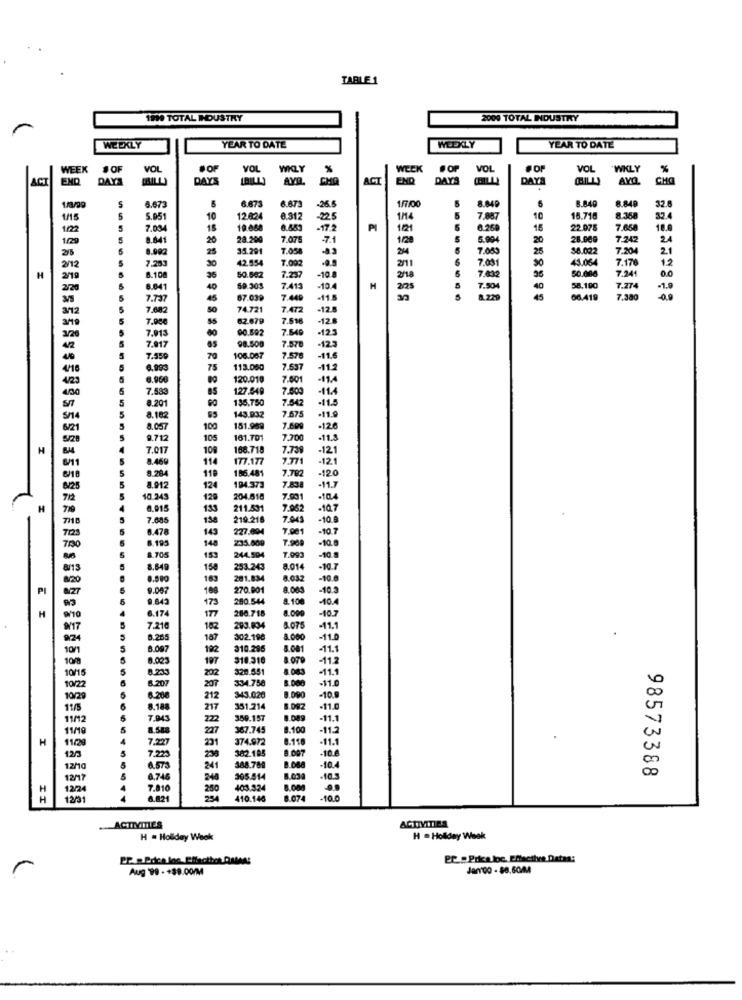
TABLE 1
1990 TOTAL INDUSTRY
2000 TOTAL INDUSTRY
WEEKLY
YEAR TO DATE
WEEKLY
YEAR TO DATE
WEEK
# OF
VOL
VOL
WKLY
WEEK
FOP VOL
VOL
VOL
WKLY
%
ACI
END
DAYS
DAYS
CHO
ACT
END
DAYS
DAYS
S
6.673
-26.5
1.7.00
8.84₽
8.849
8.849
32.
6.673
6.673
1/15
5
5.05
10
12.024
8.312
225
1/4
7.887
10
15.716
8.368
32.
1/22
5
7.034
18
19.088
-17.2
PI
1121
6.260
15
22.075
7.650
18.0
1/29
8.641
20
28.200
7.075
-7.1
1/28
5.904
20
28.00g
7.242
24
25
8.992
25
35.291
7.058
-83
7.063
25
$8.022
7.204
2.1
2/12
7.283
30
42.554
7.002
7.091
43.064
7.170
12
-10
7.632
7.241
H
2/19
6.108
36
50.682
7.237
2/18
0.0
2/20
8.041
40
59.303
7.413
M
225
7.504
40
58.190
7.274
-1.9
7.737
45
67.039
7.440
-11.5
15
66.419
7.380
00
7.682
50
74.721
7.472
-12.
7.000
55
62.679
7.516
-12.8
7.913
90.592
7.549
-125
98.500
7.570
7.917
7.550
106.007
7.576
-11.6
75
113.080
7.637
-11.2
120.010
7.001
-11.4
7.583
127.549
7.803
-11.4
8.201
135,750
7.542
-11.5
7.675
.11.9
8.162
143.932
8.057
100
151.969
7.600
-126
105
161.701
7.20
-11.3
H
7.017
109
168.718
7.739
-121
3.469
177.177
7.771
-12.1
8.264
119
186.481
7.792
-120
7.83
8/25
8.912
124
194.373
-11.7
10.245
129
204.518
7.901
-10.4
6.015
133
211.531
7.952
.10.7
7.685
219.216
7.943
-10 8
6.478
143
227.604
7.001
-10.7
6.195
148
235.809
7.900
-10.8
-10.8
8.705
153
244.504
7.993
8.840
150
253.243
8.01
-10.7
163
201.834
8.032
-10.0
PI
9.087
108
270.001
8.003
-10.3
0.643
173
280.544
8.100
-40.4
6.174
280.718
8.000
H
17
-10.7
7.210
182
293.834
8.075
-11.1
5.205
187
302.196
8.000
-11.
8.007
102
310.285
8.001
-11.1
8.023
197
310.310
8.079
-11.2
8.233
202
320.551
-11.1
6.207
334.758
-11.0
10/22
207
343.020
1090
10/20
6.200
212
-10.9
11/5
8.188
217
351.214
8.092
.11.0
11/2
7.943
222
359.157
8.089
-11.1
11/10
227
367.745
8.100
-11.2
H
7.227
231
374.972
8.118
-11.1
112
362.185
8 007
-10.8
12/3
7.223
238
12/10
6.575
241
388.769
B.088
-10.4
98573388
12/17
6.746
240
305.414
.10.3
H
12/24
7.810
250
403.324
8.000
H
12/31
6.82
410.146
8.074
-10.0
.ACTIVITIES
ACTIVITIES
H = Holiday Wook
H = Holiday Week
PC . Prica.loc. Effacthee Dates:
Aug 99 - +39.00/M
Jan'00 - $8.50M4